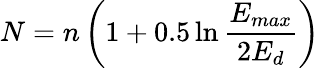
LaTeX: N=n\left(1+0.5\ln\frac{E_{max}}{2E_{d}}\right)